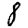
Digit: 8